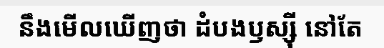
នឹងមើលឃើញថា ដំបងឫស្ស៊ី នៅតែ